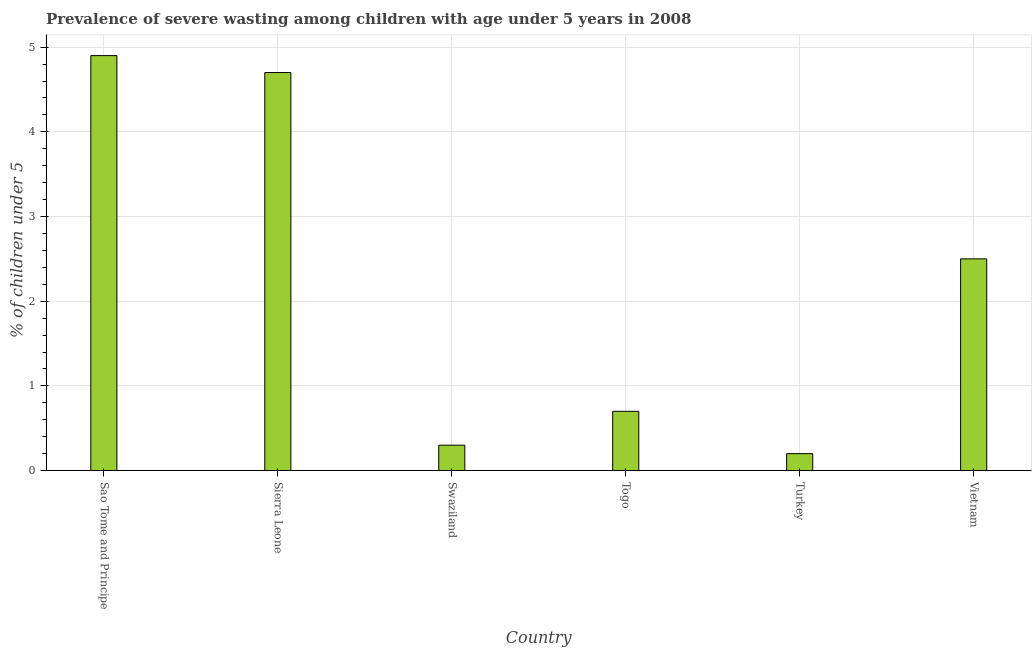
| Country | Prevalence of severe wasting |
 | --- | --- |
 | Sao Tome and Principe | 4.9 |
 | Sierra Leone | 4.7 |
 | Swaziland | 0.3 |
 | Togo | 0.7 |
 | Turkey | 0.2 |
 | Vietnam | 2.5 |